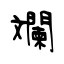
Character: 斕